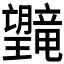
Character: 𪱯